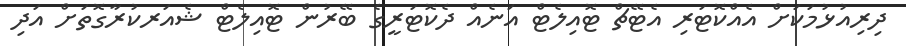
ދިރިއުޅުމަކަށް އެއްކޮޓަރި އެޓޭޗް ޓޮއިލެޓް އަނެއް ދެކޮޓަރީގެ ބޭރުން ޓޮއިލެޓް ޝެއަރކުރާގޮތަށް އަދި